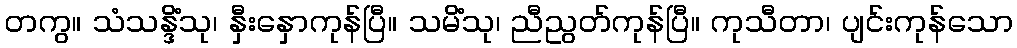
တကွ။ သံသန္ဒိံသု၊ နှီးနှောကုန်ပြီ။ သမိံသု၊ ညီညွတ်ကုန်ပြီ။ ကုသီတာ၊ ပျင်းကုန်သော